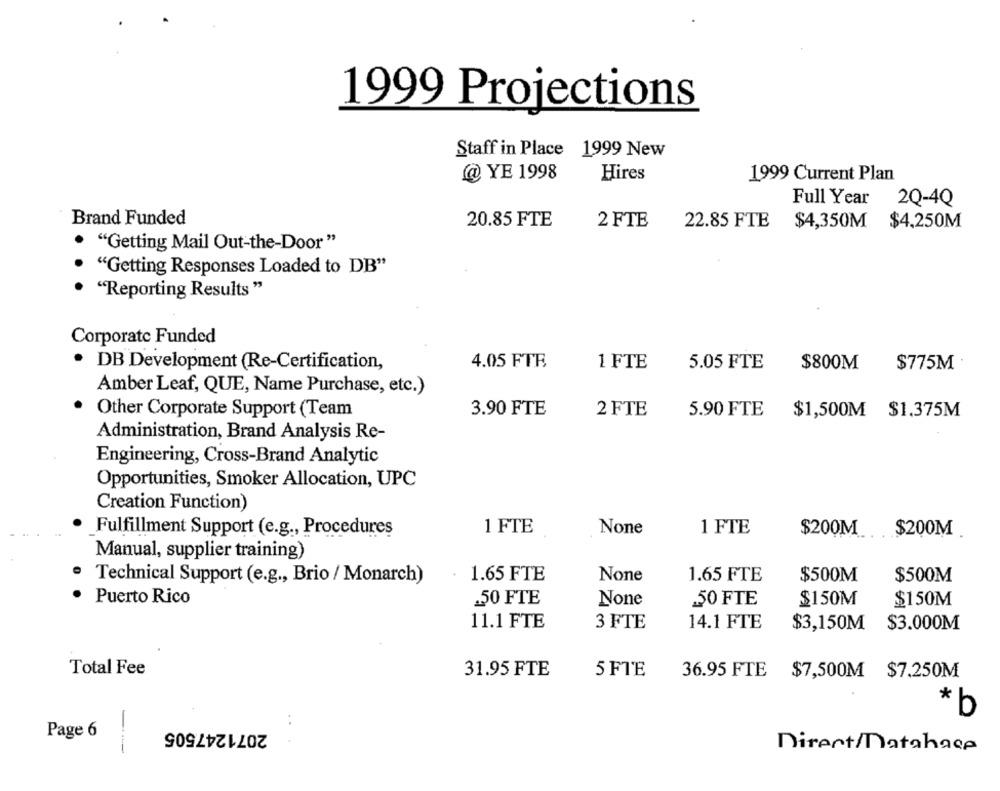
1999 Projections
Staff in Place 1999 New
@ YE 1998
Hires
1999 Current Plan
Full Year 2Q-4Q
Brand Funded
20.85 FTE
2 FTE
22.85 FTE
$4,350M $4,250M
"Getting Mail Out-the-Door"
"Getting Responses Loaded to DB"
"Reporting Results"
Corporate Funded
4.05 FTE
· DB Development (Re-Certification,
1 FTE
5.05 FTE
$800M
$775M
Amber Leaf, QUE, Name Purchase, etc.)
3.90 FTE
Other Corporate Support (Team
2 FTE
5.90 FTE
$1,500M $1.375M
Administration, Brand Analysis Re-
Engineering, Cross-Brand Analytic
Opportunities, Smoker Allocation, UPC
Creation Function)
1 FTE
1 FTE
Fulfillment Support (e.g ., Procedures
$200M $200M
Manual, supplier training)
1.65 FTE
1.65 FTE
$500M
$500M
Technical Support (e.g ., Brio / Monarch)
Puerto Rico
.50 FTE
.50 FTE
$150M
$150M
11.1 FTE
3 FTE
14.1 FTE
$3,150M $3.000M
Total Fee
31.95 FTE
5 FTE
36.95 FTE $7,500M $7.250M
* b
2071247505
.. .
Page 6
Direct/Database